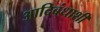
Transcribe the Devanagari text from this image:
आदिबंधाशी